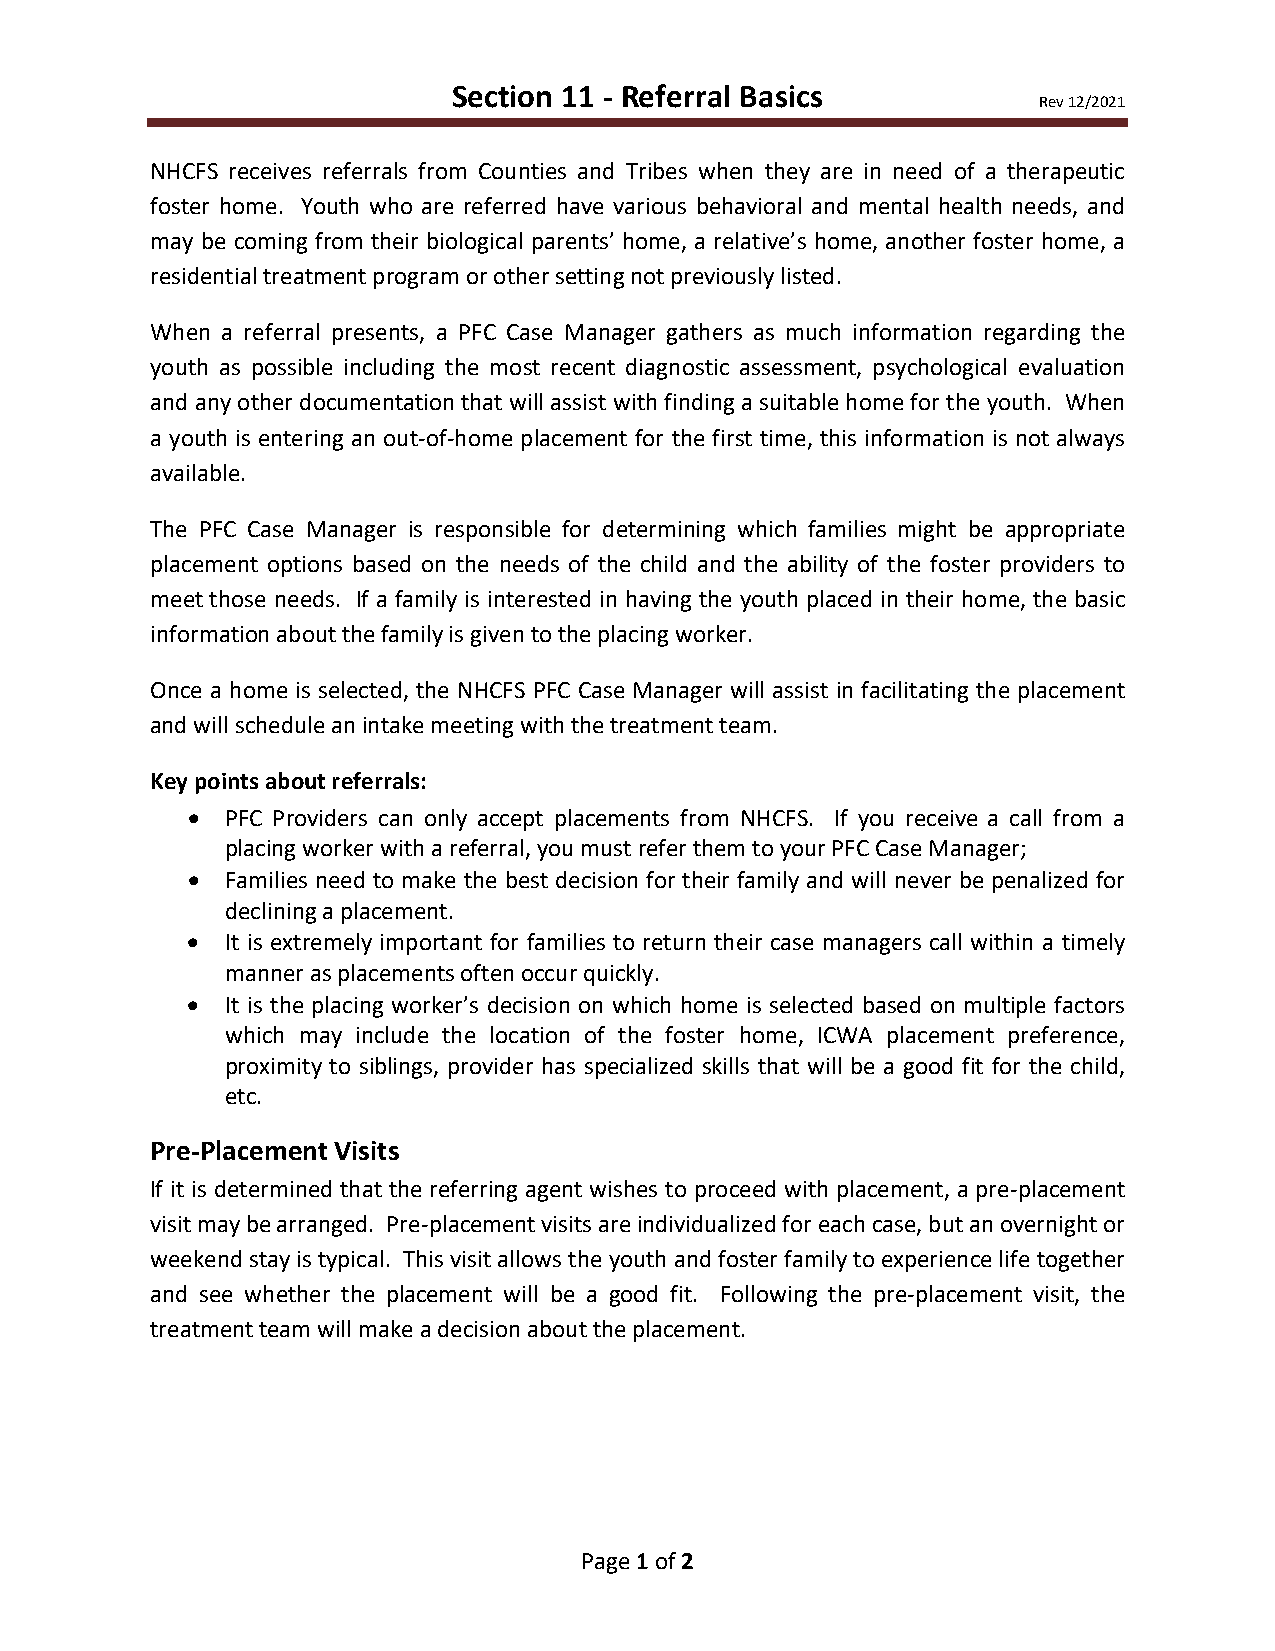
Section 11 - Referral Basics
 Rev 12/2021
 NHCFS receives referrals from Counties and Tribes when they are in need of a therapeutic
 foster home. Youth who are referred have various behavioral and mental health needs, and
 may be coming from their biological parents’ home, a relative’s home, another foster home, a
 residential treatment program or other setting not previously listed.
 When a referral presents, a PFC Case Manager gathers as much information regarding the
 youth as possible including the most recent diagnostic assessment, psychological evaluation
 and any other documentation that will assist with finding a suitable home for the youth. When
 a youth is entering an out-of-home placement for the first time, this information is not always
 available.
 The PFC Case Manager is responsible for determining which families might be appropriate
 placement options based on the needs of the child and the ability of the foster providers to
 meet those needs. If a family is interested in having the youth placed in their home, the basic
 information about the family is given to the placing worker.
 Once a home is selected, the NHCFS PFC Case Manager will assist in facilitating the placement
 and will schedule an intake meeting with the treatment team.
 Key points about referrals:
 •  PFC Providers can only accept placements from NHCFS. If you receive a call from a
 placing worker with a referral, you must refer them to your PFC Case Manager;
 •  Families need to make the best decision for their family and will never be penalized for
 declining a placement.
 •  It is extremely important for families to return their case managers call within a timely
 manner as placements often occur quickly.
 •  It is the placing worker’s decision on which home is selected based on multiple factors
 which may include the location of the foster home, ICWA placement preference,
 proximity to siblings, provider has specialized skills that will be a good fit for the child,
 etc.
 Pre-Placement Visits
 If it is determined that the referring agent wishes to proceed with placement, a pre-placement
 visit may be arranged. Pre-placement visits are individualized for each case, but an overnight or
 weekend stay is typical. This visit allows the youth and foster family to experience life together
 and see whether the placement will be a good fit. Following the pre-placement visit, the
 treatment team will make a decision about the placement.
 Page 1 of 2